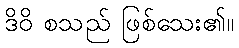
ဒိဝိ စသည် ဖြစ်သေး၏။